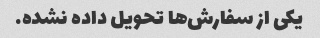
یکی از سفارش‌ها تحویل داده نشده.